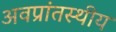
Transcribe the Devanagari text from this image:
अवप्रांतस्थीय